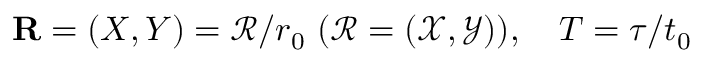
\mathbf { R } = ( X , Y ) = \mathcal { R } / r _ { 0 } \, \, ( \mathcal { R } = ( \mathcal { X } , \mathcal { Y } ) ) , \quad T = \tau / t _ { 0 }